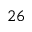
^ { 2 6 }